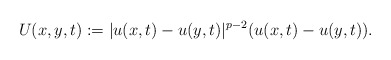
\begin{align*}U(x,y,t):=|u(x,t)-u(y,t)|^{p-2}(u(x,t)-u(y,t)).\end{align*}